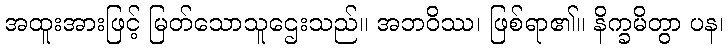
အထူးအားဖြင့် မြတ်သောသူဌေးသည်။ အဘဝိဿ၊ ဖြစ်ရာ၏။ နိက္ခမိတွာ ပန၊